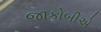
જાકોબીએ